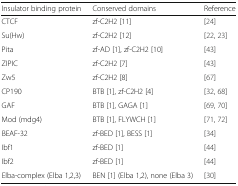
| Insulator binding protein | Conserved domains | Reference |
 | --- | --- | --- |
 | CTCF | zf-C2H2 [11] | [24] |
 | Su(Hw) | zf-C2H2 [12] | [22, 23] |
 | Pita | zf-AD [1], zf-C2H2 [10] | [43] |
 | ZIPIC | zf-C2H2 [7] | [43] |
 | Zw5 | zf-C2H2 [8] | [67] |
 | CP190 | BTB [1], zf-C2H2 [4] | [32, 68] |
 | GAF | BTB [1], GAGA [1] | [69, 70] |
 | Mod (mdg4) | BTB [1], FLYWCH [1] | [71, 72] |
 | BEAF-32 | zf-BED [1], BESS [1] | [34] |
 | Ibf1 | zf-BED [1] | [44] |
 | Ibf2 | zf-BED [1] | [44] |
 | Elba-complex (Elba 1,2,3) | BEN [1] (Elba 1,2), none (Elba 3) | [30] |